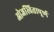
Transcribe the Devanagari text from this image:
ओजस्वितापूर्ण